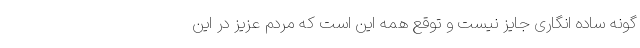
گونه ساده انگاری جایز نیست و توقع همه این است که مردم عزیز در این